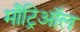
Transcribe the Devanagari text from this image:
माँट्रिऑल